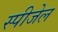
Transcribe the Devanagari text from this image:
स्पीजेल